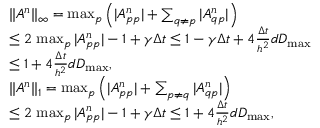
\begin{array} { r l } & { \| A ^ { n } \| _ { \infty } = \operatorname* { m a x } _ { p } \left( | A _ { p p } ^ { n } | + \sum _ { q \neq p } | A _ { q p } ^ { n } | \right) } \\ & { \leq 2 \, \operatorname* { m a x } _ { p } | A _ { p p } ^ { n } | - 1 + \gamma \Delta t \leq 1 - \gamma \Delta t + 4 \frac { \Delta t } { h ^ { 2 } } d D _ { \operatorname* { m a x } } } \\ & { \leq 1 + 4 \frac { \Delta t } { h ^ { 2 } } d D _ { \operatorname* { m a x } } , } \\ & { \| A ^ { n } \| _ { 1 } = \operatorname* { m a x } _ { p } \left( | A _ { p p } ^ { n } | + \sum _ { p \neq q } | A _ { q p } ^ { n } | \right) } \\ & { \leq 2 \, \operatorname* { m a x } _ { p } | A _ { p p } ^ { n } | - 1 + \gamma \Delta t \leq 1 + 4 \frac { \Delta t } { h ^ { 2 } } d D _ { \operatorname* { m a x } } , } \end{array}